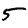
Digit: 5